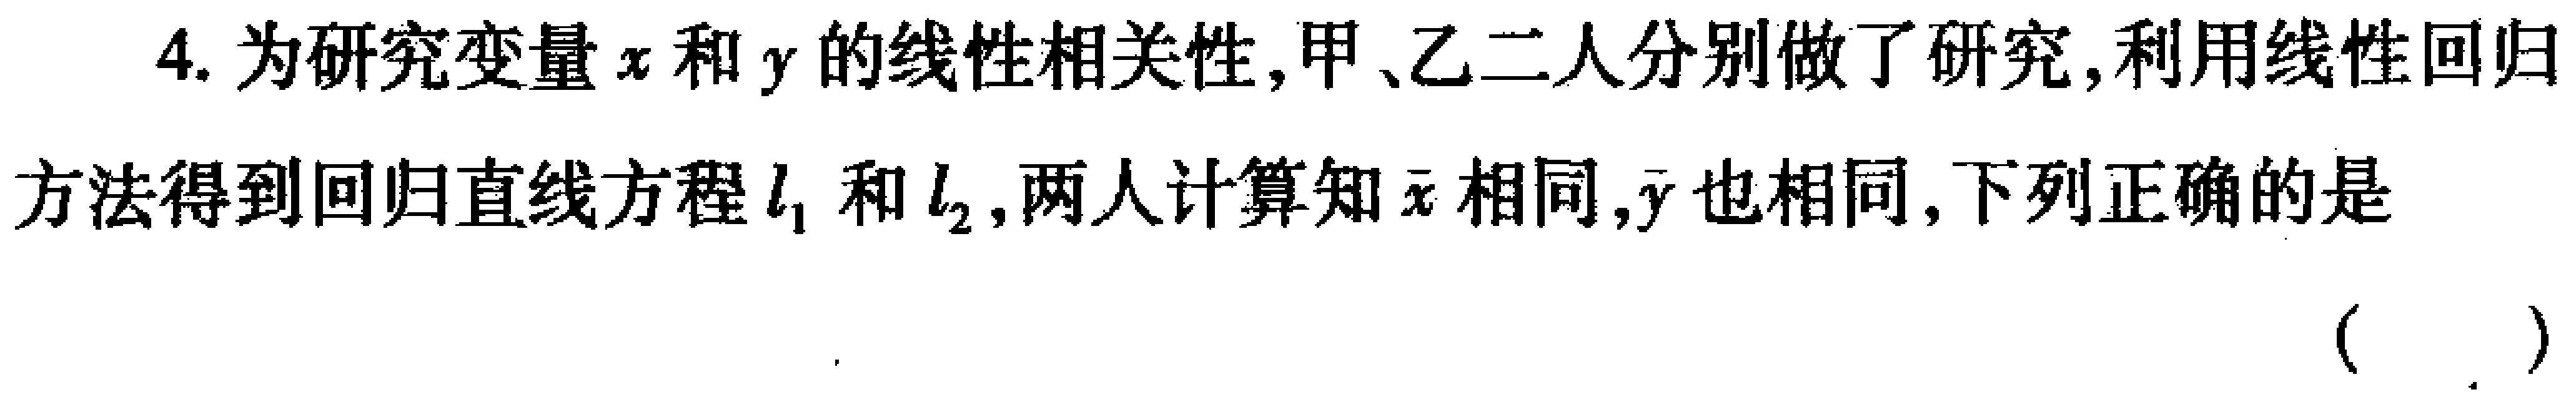
4. 为研究变量\(x\)和\(y\)的线性相关性,甲、乙二人分别做了研究,利用线性回归方法得到回归直线方程\(l_{1}\)和\(l_{2}\),两人计算知\(\overline{x}\)相同,\(\overline{y}\)也相同,下列正确的是 （  ）